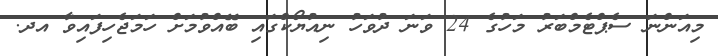
މިއަންނަ ސެޕްޓެމްބަރު މަހުގެ 24 ވަނަ ދުވަހު ނިއުޔޯކްގައި ބޭއްވުމަށް ހަމަޖެހިފައިވާ އދ.